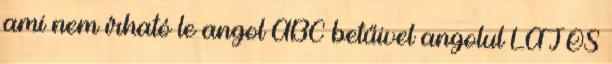
ami nem írható le angol ABC betűivel angolul LAJOS